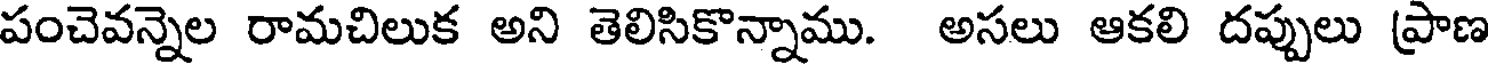
పంచెవన్నెల రామచిలుక అని తెలిసికొన్నాము. అసలు ఆకలి దప్పులు ప్రాణ